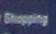
shopping